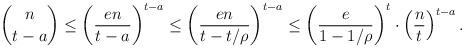
LaTeX: \begin{align*}\binom{n}{t-a}\leq \left(\frac{en}{t-a}\right)^{t-a}\leq \left(\frac{en}{t-t/\rho}\right)^{t-a}\leq \left(\frac{e}{1-1/\rho}\right)^t\cdot \left(\frac{n}{t}\right)^{t-a}.\end{align*}